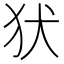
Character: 犾